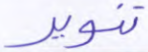
تنوير